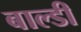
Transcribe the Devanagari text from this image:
बाल्डी